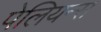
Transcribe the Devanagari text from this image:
पेलियन्स